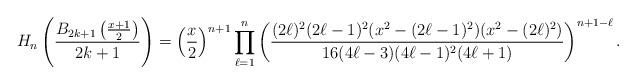
LaTeX: \begin{align*}H_{n}\left(\frac{B_{2k+1}\left(\frac{x+1}{2}\right)}{2k+1}\right)=\left(\frac{x}{2}\right)^{n+1}\prod_{\ell=1}^{n}\left(\frac{(2\ell)^{2}(2\ell-1)^{2}(x^{2}-(2\ell-1)^{2})(x^{2}-(2\ell)^{2})}{16(4\ell-3)(4\ell-1)^{2}(4\ell+1)}\right)^{n+1-\ell}.\end{align*}